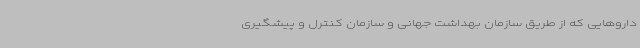
داروهایی که از طریق سازمان بهداشت جهانی و سازمان کنترل و پیشگیری